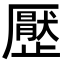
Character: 㱘